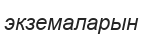
экземаларын